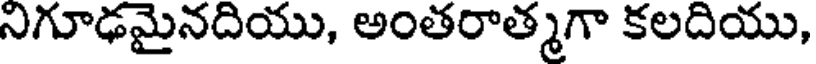
నిగూఢమైనదియు, అంతరాత్మగా కలదియు,